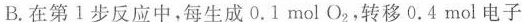
B.在第1步反应中，每生成0.1mol O_{2}，转移0.4mol电子